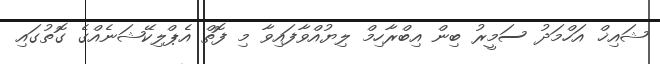
ޝައިޚް އަހްމަދު ސަމީރު ބިން އިބްރާހިމް ލިޔުއްވާފައިވާ މި ފޮތް އެޕްލިކޭޝަނެއްގެ ގޮތުގައި